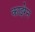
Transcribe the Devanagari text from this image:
काइरेन